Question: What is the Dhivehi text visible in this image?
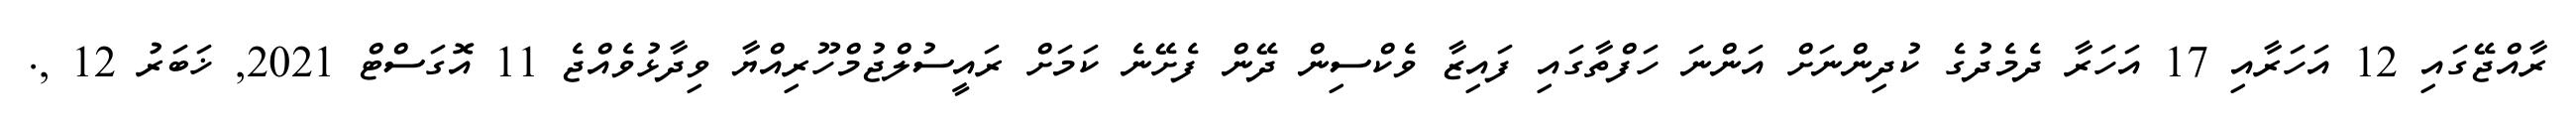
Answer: ރާއްޖޭގައި 12 އަހަރާއި 17 އަހަރާ ދެމެދުގެ ކުދިންނަށް އަންނަ ހަފްތާގައި ފައިޒާ ވެކްސިން ދޭން ފެށޭނެ ކަމަށް ރައީސުލްޖުމްހޫރިއްޔާ ވިދާޅުވެއްޖެ 11 އޮގަސްޓް 2021, ޚަބަރު 12 ,.